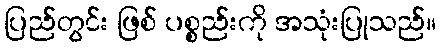
ပြည်တွင်း ဖြစ် ပစ္စည်းကို အသုံးပြုသည်။